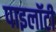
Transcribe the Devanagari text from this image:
पाइलॉटी